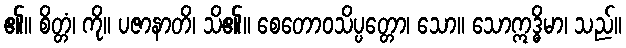
၏။ စိတ္တံ၊ ကို။ ပဇာနာတိ၊ သိ၏။ စေတောဝသိပ္ပတ္တော၊ သော။ သောဣဒ္ဓိမာ၊ သည်။